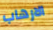
الارهاب